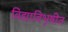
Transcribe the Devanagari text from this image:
विद्याविभूषीत